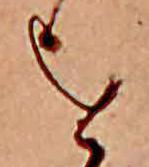
を